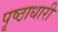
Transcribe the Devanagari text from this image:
पृष्ठाधारी